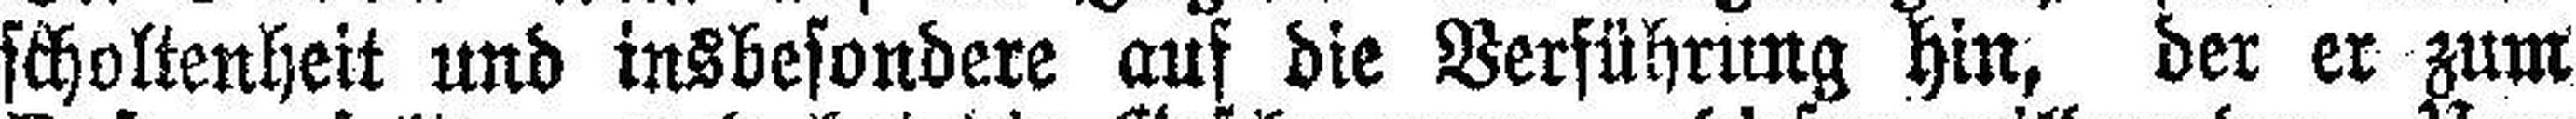
scholtenheit und insbesondere auf die Verführung hin, der er zum